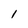
Character: 1